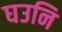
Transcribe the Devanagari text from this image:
घउनि